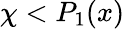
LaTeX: \chi<P_{1}(x)